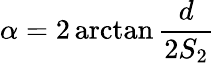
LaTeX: \alpha=2\arctan{\frac{d}{2S_{2}}}